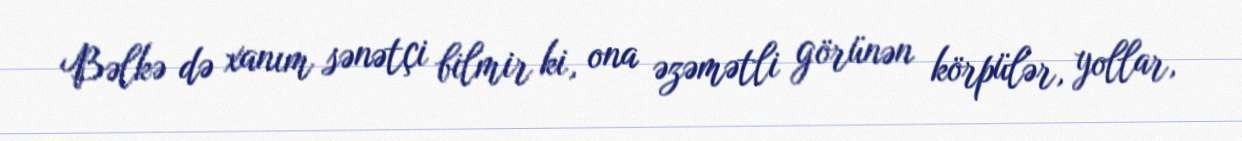
Bəlkə də xanım sənətçi bilmir ki, ona əzəmətli görünən körpülər, yollar,